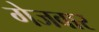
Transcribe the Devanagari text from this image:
गेजवार